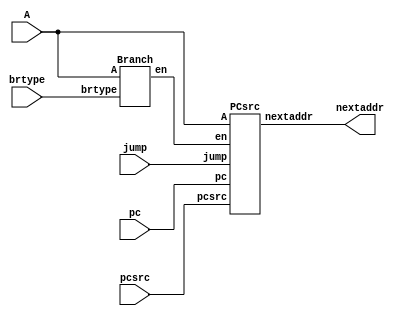
/* This block generates next possible address. The address is generated based on
jump or branchtype instructions. Current address is fed from program-counter to this block.
pc = Program Counter Address
A = Value from register
pcsrc = Mode for selecting next type address
			pcincr/BrType...00
			jump............01
			jumpreturn......10
			SysCall.........11
Brtype = branch type instructions
			PCincr...00
			BZ.......01
			BGTZ.....10
			BLTZ.....11
*/
module AddressGenerator16Bit(pc,A,pcsrc,brtype,jump,nextaddr);
input [1:0]pcsrc,brtype;
input [10:0]jump;
input [15:0]A,pc;
output [15:0]nextaddr;
wire en;
Branch br(brtype,A,en);
PCsrc pcaddr(pc,pcsrc,A[15:0],jump,en,nextaddr);
endmodule

////////////////////

module Branch(brtype,A,en);
input [15:0]A;
input [1:0]brtype;
output en;
//00...PCincr 01...BZ 10...BGTZ 11...BLTZ
assign en = brtype[1]?(brtype[0]?((A[15])?1'b1:1'b0):((A>0 && A[15]!=0)?1'b1:1'b0)):(brtype[0]?((A==0)?1'b1:1'b0):1'b0);
endmodule

////////////////////

module PCsrc(pc,pcsrc,A,jump,en,nextaddr);
input en;
input [15:0]A;
input [15:0]pc;
input [1:0]pcsrc;
input[10:0]jump;
wire [15:0]pcincr;
output[15:0]nextaddr;
//00...J 01...JAL 10...JR 11...SysCall
assign pcincr = (({16{en}})&({{9{jump[6]}},jump[6:0]})) + 1'b1 + pc;
assign nextaddr = pcsrc[1]?(pcsrc[0]?16'hFF00:A):(pcsrc[0]?{pcincr[15:11],jump}:pcincr);
endmodule